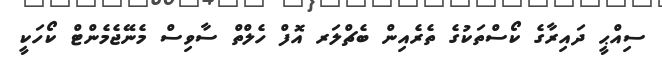
ސިއްޙީ ދައިރާގެ ކޯސްތަކުގެ ތެރެއިން ބެޗްލަރ އޮފް ހެލްތް ސާވިސް މެނޭޖެމެންޓް ކޯހަކީ